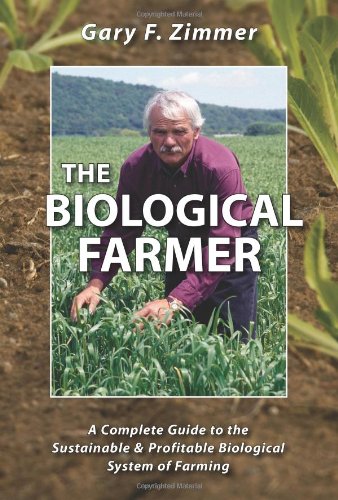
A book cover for The Biological Farmer: A Complete Guide to the Sustainable & Profitable Biological System of Farming; Gary F. Zimmer; Science & Math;